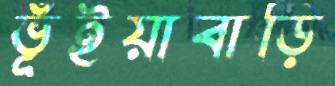
ভূঁইয়াবাড়ি